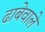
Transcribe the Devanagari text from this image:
ढाबेवाले